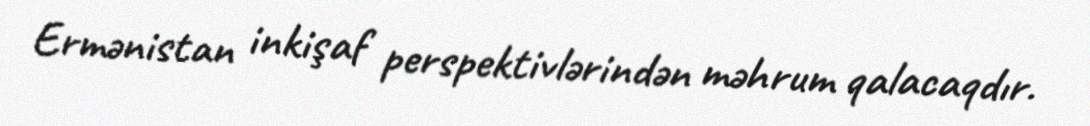
Ermənistan inkişaf perspektivlərindən məhrum qalacaqdır.